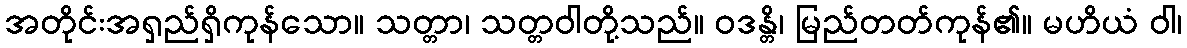
အတိုင်းအရှည်ရှိကုန်သော။ သတ္တာ၊ သတ္တဝါတို့သည်။ ဝဒန္တိ၊ မြည်တတ်ကုန်၏။ မဟိယံ ဝါ၊